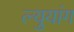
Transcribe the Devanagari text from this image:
ल्युयांग